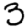
Digit: 3